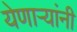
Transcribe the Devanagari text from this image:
येणाऱ्यांनी